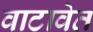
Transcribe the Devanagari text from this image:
वाटावेत